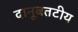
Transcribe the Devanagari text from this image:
दानूबतटीय